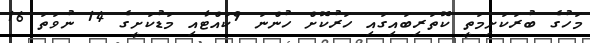
މަހުގެ ބުރަކަށިމަތީ ކޮތަރިބައިގައި ހަރުކޮށް ހުންނަ 9ކައްޓާއި މަޑުކަށީގެ 14 ނުވަތަ 16